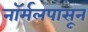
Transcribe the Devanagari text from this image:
नॉर्मलपासून